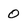
Character: 0